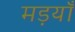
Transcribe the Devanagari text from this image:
मड़याँ